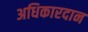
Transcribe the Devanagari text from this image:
अधिकारदान